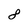
Character: 8